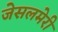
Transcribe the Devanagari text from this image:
जेसलमेरी